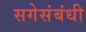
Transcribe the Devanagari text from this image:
सगेसंबंधी